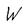
Character: W